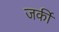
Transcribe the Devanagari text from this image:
जर्की